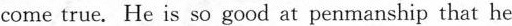
come true. He is so good at penmanship that he